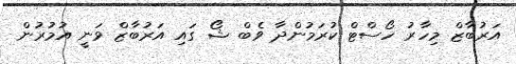
އަރުބާޒް މިހާރު ހޯސްޓް ކުރަމުންދާ ވެބް ޝޯ ގައި އަރުބާޒް ވަނީ އުމުރުން